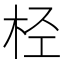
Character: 𣐕